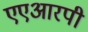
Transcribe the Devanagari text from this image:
एएआरपी